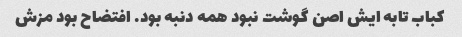
کباب تابه ایش اصن گوشت نبود همه دنبه بود. افتضاح بود مزش